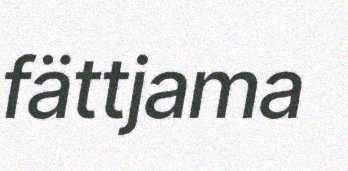
fättjama